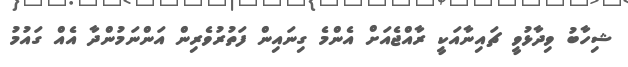
ޝިހާބު ވިދާޅުވީ ޗައިނާއަކީ ރާއްޖެއަށް އެންމެ ގިނައިން ފަތުރުވެރިން އަންނަމުންދާ އެއް ގައުމު